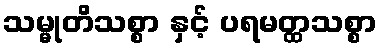
သမ္မုတိသစ္စာ နှင့် ပရမတ္ထသစ္စာ